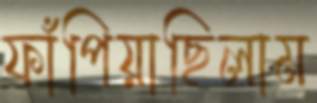
ফাঁপিয়াছিলাম